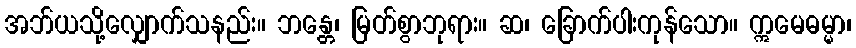
အဘ်ယသို့လျှောက်သနည်း။ ဘန္တေ၊ မြတ်စွာဘုရား။ ဆ၊ ခြောက်ပါးကုန်သော။ ဣမေဓမ္မာ၊